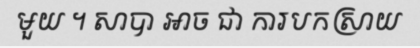
មួយ ។ សាបា អាច ជា ការបកស្រាយ